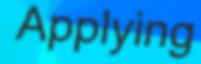
Applying